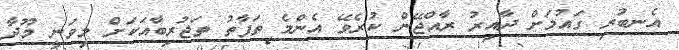
އެނބުރި ގައުމަށް ދާއިރު ރާއްޖޭން ކުރެވޭ އެންމެ ތަފާތު ތަޖުރިބާއަކަށް މިވަނީ މޫދާ